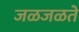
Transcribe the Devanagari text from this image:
जळजळते